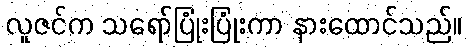
လူဇင်က သရော်ပြုံးပြုံးကာ နားထောင်သည်။